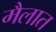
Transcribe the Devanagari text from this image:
मैलात